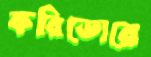
করিডোরে